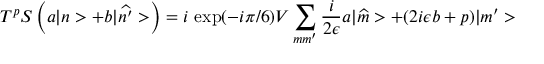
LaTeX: T ^ { p } S \left( a | n > + b | \widehat { n ^ { \prime } } > \right) = i \ \mathrm { e x p } ( - i \pi / 6 ) V \sum _ { m m ^ { \prime } } \frac { i } { 2 \epsilon } a | \widehat { m } > + ( 2 i \epsilon b + p ) | m ^ { \prime } >